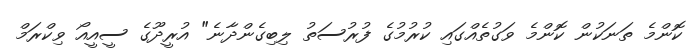
ކޮންމެ ތަނަކުން ކޮންމެ ވަގުތެއްގައި ކުރުމުގެ ފުރުސަތު ލިބިގެންދާނެ" އުރީދޫގެ ސީއީއޯ ވިކްރަމް